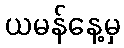
ယမန်နေ့မှ